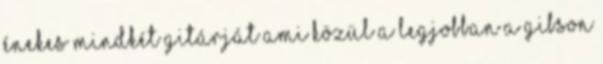
énekes mindkét gitárját ami közül a legjobban a Gibson